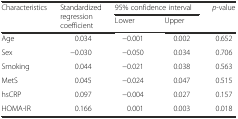
<table><thead><tr><td rowspan="2"><b>Characteristics</b></td><td rowspan="2"><b>Standardized regression coefficient</b></td><td colspan="2"><b>95% confidence interval</b></td><td rowspan="2"><b><i>p</i>-value</b></td></tr><tr><td><b>Lower</b></td><td><b>Upper</b></td></tr></thead><tbody><tr><td>Age</td><td>0.034</td><td>−0.001</td><td>0.002</td><td>0.652</td></tr><tr><td>Sex</td><td>−0.030</td><td>−0.050</td><td>0.034</td><td>0.706</td></tr><tr><td>Smoking</td><td>0.044</td><td>−0.021</td><td>0.038</td><td>0.563</td></tr><tr><td>MetS</td><td>0.045</td><td>−0.024</td><td>0.047</td><td>0.515</td></tr><tr><td>hsCRP</td><td>0.097</td><td>−0.004</td><td>0.027</td><td>0.157</td></tr><tr><td>HOMA-IR</td><td>0.166</td><td>0.001</td><td>0.003</td><td>0.018</td></tr></tbody></table>